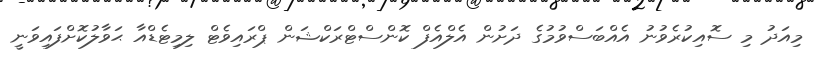
މިއަދު މި ސޮއިކުރެވުނު އެއްބަސްވުމުގެ ދަށުން އެލްއެފް ކޮންސްޓްރަކްޝަން ޕްރައިވެޓް ލިމިޓެޑްއާ ޙަވާލުކޮށްފައިވަނީ